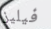
فيليز